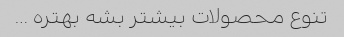
تنوع محصولات بیشتر بشه بهتره …